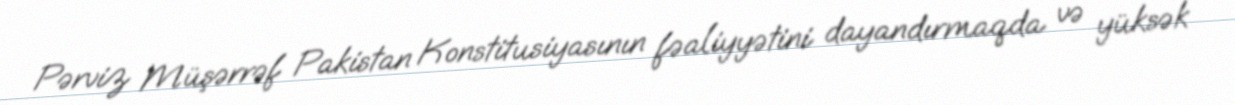
Pərviz Müşərrəf Pakistan Konstitusiyasının fəaliyyətini dayandırmaqda və yüksək